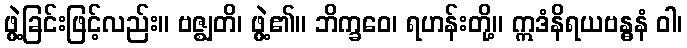
ဖွဲ့ခြင်းဖြင့်လည်း။ ဗဇ္ဈတိ၊ ဖွဲ့၏။ ဘိက္ခဝေ၊ ရဟန်းတို့။ ဣဒံနိရယဗန္ဓနံ ဝါ၊